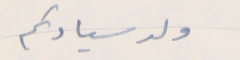
ولد سيادتكم